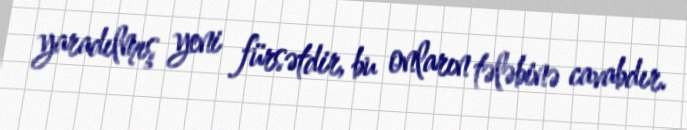
yaradılmış yeni fürsətdir, bu onların tələbinə cavabdır.